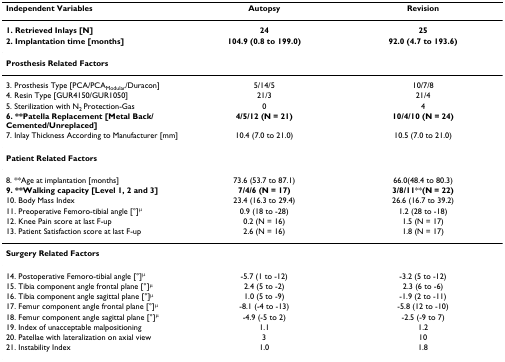
<table><thead><tr><td><b>Independent Variables</b></td><td><b>Autopsy</b></td><td><b>Revision</b></td></tr></thead><tbody><tr><td><b>1. Retrieved Inlays [N] </b></td><td><b>24</b></td><td><b>25</b></td></tr><tr><td><b>2. Implantation time [months]</b></td><td><b>104.9 (0.8 to 199.0)</b></td><td><b>92.0 (4.7 to 193.6)</b></td></tr><tr><td><b>Prosthesis Related Factors</b></td><td></td><td></td></tr><tr><td>3. Prosthesis Type [PCA/PCA<sub>Modular</sub>/Duracon]</td><td>5/14/5</td><td>10/7/8</td></tr><tr><td>4. Resin Type [GUR4150/GUR1050]</td><td>21/3</td><td>21/4</td></tr><tr><td>5. Sterilization with N<sub>2 </sub>Protection-Gas</td><td>0</td><td>4</td></tr><tr><td><b>6. **Patella Replacement [Metal Back/Cemented/Unreplaced]</b></td><td><b>4/5/12 (N = 21)</b></td><td><b>10/4/10 (N = 24)</b></td></tr><tr><td>7. Inlay Thickness According to Manufacturer [mm]</td><td>10.4 (7.0 to 21.0)</td><td>10.5 (7.0 to 21.0)</td></tr><tr><td><b>Patient Related Factors</b></td><td></td><td></td></tr><tr><td>8. **Age at implantation [months]</td><td>73.6 (53.7 to 87.1)</td><td>66.0(48.4 to 80.3)</td></tr><tr><td><b>9. **Walking capacity [Level 1, 2 and 3] </b></td><td><b>7/4/6 (N = 17)</b></td><td><b>3/8/11</b>**<b>(N = 22)</b></td></tr><tr><td>10. Body Mass Index</td><td>23.4 (16.3 to 29.4)</td><td>26.6 (16.7 to 39.2)</td></tr><tr><td>11. Preoperative Femoro-tibial angle [°]<sup>μ</sup></td><td>0.9 (18 to -28)</td><td>1.2 (28 to -18)</td></tr><tr><td>12. Knee Pain score at last F-up</td><td>0.2 (N = 16)</td><td>1.5 (N = 17)</td></tr><tr><td>13. Patient Satisfaction score at last F-up</td><td>2.6 (N = 16)</td><td>1.8 (N = 17)</td></tr><tr><td><b>Surgery Related Factors</b></td><td></td><td></td></tr><tr><td>14. Postoperative Femoro-tibial angle [°]<sup>μ</sup></td><td>-5.7 (1 to -12)</td><td>-3.2 (5 to -12)</td></tr><tr><td>15. Tibia component angle frontal plane [°]<sup>μ</sup></td><td>2.4 (5 to -2)</td><td>2.3 (6 to -6)</td></tr><tr><td>16. Tibia component angle sagittal plane [°]<sup>μ</sup></td><td>1.0 (5 to -9)</td><td>-1.9 (2 to -11)</td></tr><tr><td>17. Femur component angle frontal plane [°]<sup>μ</sup></td><td>-8.1 (-4 to -13)</td><td>-5.8 (12 to -10)</td></tr><tr><td>18. Femur component angle sagittal plane [°]<sup>μ</sup></td><td>-4.9 (-5 to 2)</td><td>-2.5 (-9 to 7)</td></tr><tr><td>19. Index of unacceptable malpositioning</td><td>1.1</td><td>1.2</td></tr><tr><td>20. Patellae with lateralization on axial view</td><td>3</td><td>10</td></tr><tr><td>21. Instability Index</td><td>1.0</td><td>1.8</td></tr></tbody></table>